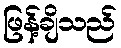
ဖြန့်ချိသည်